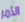
الأمر